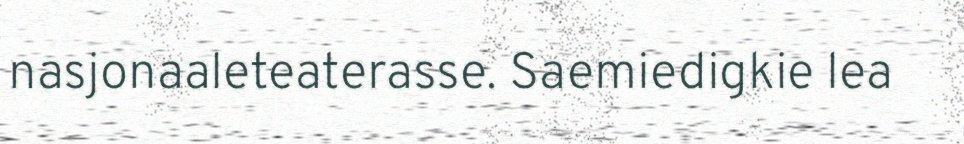
nasjonaaleteaterasse. Saemiedigkie lea